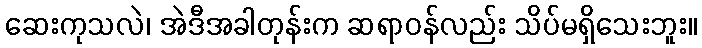
ဆေးကုသလဲ၊ အဲဒီအခါတုန်းက ဆရာဝန်လည်း သိပ်မရှိသေးဘူး။